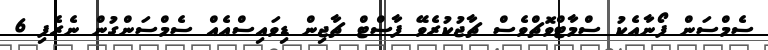
ސެމްސަން ފޯނާއެކު ސްމާޓްވޮޗްވެސް ޗާޖުކުރެވޭ ފާސްޓް ޗާޖިން ޑިވައިސްއެއް ސެމްސަންގުން ނެރެފި 6